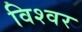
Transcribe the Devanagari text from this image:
विश्वर